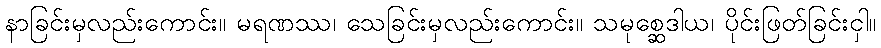
နာခြင်းမှလည်းကောင်း။ မရဏဿ၊ သေခြင်းမှလည်းကောင်း။ သမုစ္ဆေဒါယ၊ ပိုင်းဖြတ်ခြင်းငှါ။